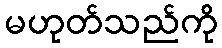
မဟုတ်သည်ကို